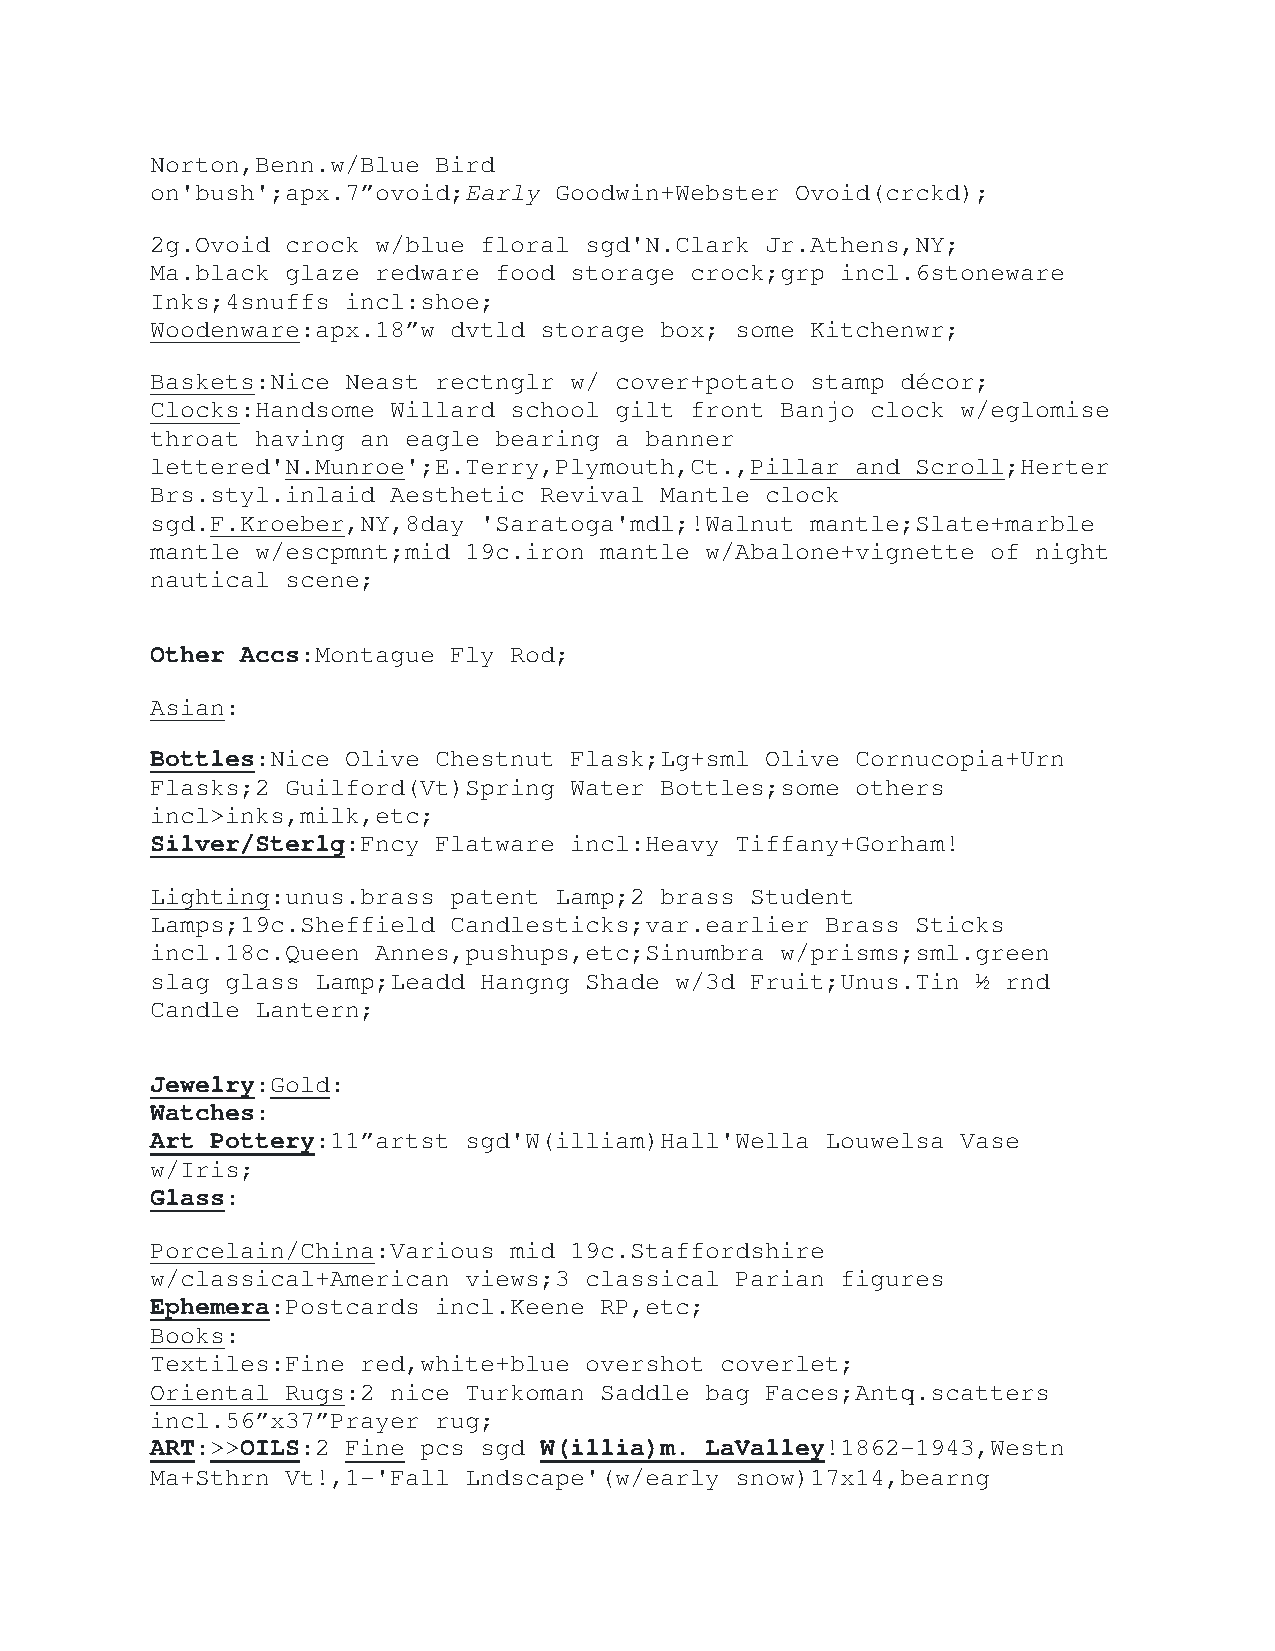
Norton,Benn.w/Blue Bird
 on'bush';apx.7”ovoid;Early Goodwin+Webster Ovoid(crckd);
 2g.Ovoid crock w/blue floral sgd'N.Clark Jr.Athens,NY;
 Ma.black glaze redware food storage crock;grp incl.6stoneware
 Inks;4snuffs incl:shoe;
 Woodenware:apx.18”w dvtld storage box; some Kitchenwr;
 Baskets:Nice Neast rectnglr w/ cover+potato stamp décor;
 Clocks:Handsome Willard school gilt front Banjo clock w/eglomise
 throat having an eagle bearing a banner
 lettered'N.Munroe';E.Terry,Plymouth,Ct.,Pillar and Scroll;Herter
 Brs.styl.inlaid Aesthetic Revival Mantle clock
 sgd.F.Kroeber,NY,8day 'Saratoga'mdl;!Walnut mantle;Slate+marble
 mantle w/escpmnt;mid 19c.iron mantle w/Abalone+vignette of night
 nautical scene;
 Other Accs:Montague Fly Rod;
 Asian:
 Bottles:Nice Olive Chestnut Flask;Lg+sml Olive Cornucopia+Urn
 Flasks;2 Guilford(Vt)Spring Water Bottles;some others
 incl>inks,milk,etc;
 Silver/Sterlg:Fncy Flatware incl:Heavy Tiffany+Gorham!
 Lighting:unus.brass patent Lamp;2 brass Student
 Lamps;19c.Sheffield Candlesticks;var.earlier Brass Sticks
 incl.18c.Queen Annes,pushups,etc;Sinumbra w/prisms;sml.green
 slag glass Lamp;Leadd Hangng Shade w/3d Fruit;Unus.Tin ½ rnd
 Candle Lantern;
 Jewelry:Gold:
 Watches:
 Art Pottery:11”artst sgd'W(illiam)Hall'Wella Louwelsa Vase
 w/Iris;
 Glass:
 Porcelain/China:Various mid 19c.Staffordshire
 w/classical+American views;3 classical Parian figures
 Ephemera:Postcards incl.Keene RP,etc;
 Books:
 Textiles:Fine red,white+blue overshot coverlet;
 Oriental Rugs:2 nice Turkoman Saddle bag Faces;Antq.scatters
 incl.56”x37”Prayer rug;
 ART:>>OILS:2 Fine pcs sgd W(illia)m. LaValley!1862-1943,Westn
 Ma+Sthrn Vt!,1-'Fall Lndscape'(w/early snow)17x14,bearng